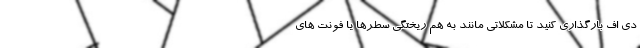
دی اف بارگذاری کنید تا مشکلاتی مانند به هم ریختگی سطرها یا فونت های